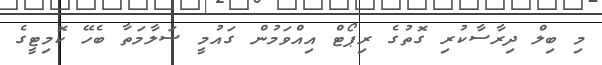
މި ބިލް ދިރާސާކުރި ގޮތުގެ ރިޕޯޓް އިއްވަމުން ގައުމީ ސަލާމަތާ ބެހޭ ކޮމިޓީގެ